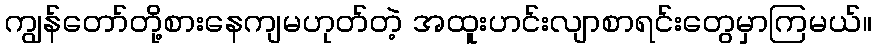
ကျွန်တော်တို့စားနေကျမဟုတ်တဲ့ အထူးဟင်းလျာစာရင်းတွေမှာကြမယ်။